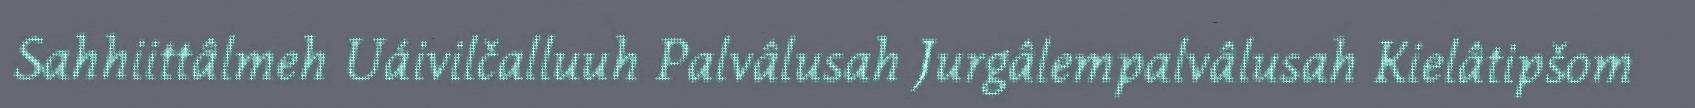
Sahhiittâlmeh Uáivilčalluuh Palvâlusah Jurgâlempalvâlusah Kielâtipšom